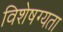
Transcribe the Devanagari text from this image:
विशेषग्यता